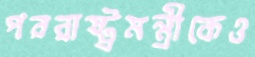
পররাষ্ট্রমন্ত্রীকেও